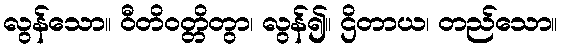
လွန်သော။ ဝီတိဝတ္တိတွာ၊ လွန်၍။ ဌိတာယ၊ တည်သော။